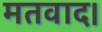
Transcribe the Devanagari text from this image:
मतवाद।